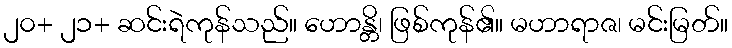
၂၀+ ၂၁+ ဆင်းရဲကုန်သည်။ ဟောန္တိ၊ ဖြစ်ကုန်၏။ မဟာရာဇ၊ မင်းမြတ်။